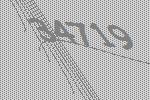
34719